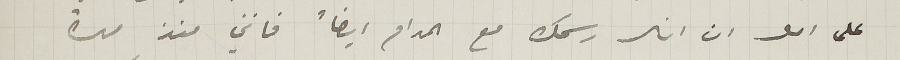
على امل ان ارى رسمك مع المدام ايضا ً فانني منذ مدة